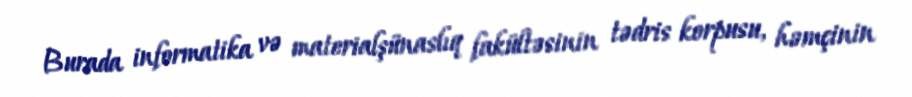
Burada informatika və materialşünaslıq fakültəsinin tədris korpusu, həmçinin